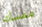
ممسك